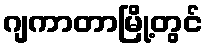
ဂျကာတာမြို့တွင်